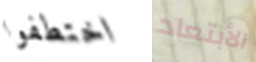
اختطفوا الأبتعاد